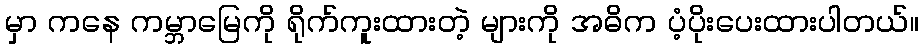
မှာ ကနေ ကမ္ဘာမြေကို ရိုက်ကူးထားတဲ့ များကို အဓိက ပံ့ပိုးပေးထားပါတယ်။